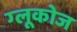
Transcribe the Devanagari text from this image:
ग्‍लूकोज